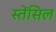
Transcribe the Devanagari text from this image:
स्तेंसिल